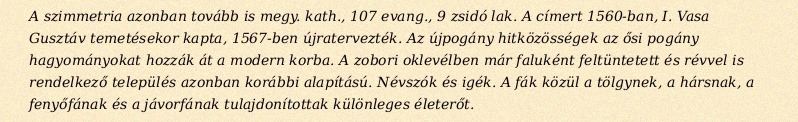
A szimmetria azonban tovább is megy. kath., 107 evang., 9 zsidó lak. A címert 1560-ban, I. Vasa Gusztáv temetésekor kapta, 1567-ben újratervezték. Az újpogány hitközösségek az ősi pogány hagyományokat hozzák át a modern korba. A zobori oklevélben már faluként feltüntetett és révvel is rendelkező település azonban korábbi alapítású. Névszók és igék. A fák közül a tölgynek, a hársnak, a fenyőfának és a jávorfának tulajdonítottak különleges életerőt.